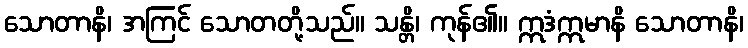
သောတာနိ၊ အကြင် သောတတို့သည်။ သန္တိ၊ ကုန်၏။ ဣဒံဣမာနိ သောတာနိ၊